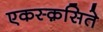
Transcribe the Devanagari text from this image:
एकस्क़सिते